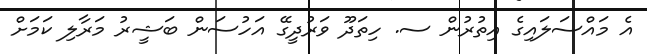
އެ މައްސަލައިގެ އިތުރުން ސ. ހިތަދޫ ވަރުދީގޭ އަހުސަން ބަޝީރު މަރާލި ކަމަށް